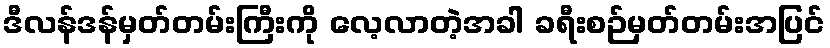
ဒီလန်ဒန်မှတ်တမ်းကြီးကို လေ့လာတဲ့အခါ ခရီးစဉ်မှတ်တမ်းအပြင်